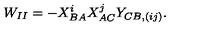
W _ { I I } = - X _ { B A } ^ { i } X _ { A C } ^ { j } Y _ { C B , ( i j ) } .